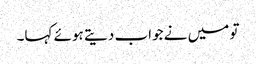
تو میں نے جواب دیتے ہوئے کہا۔